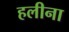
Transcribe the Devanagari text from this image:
हलीना